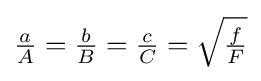
{\tfrac {a}{A}}={\tfrac {b}{B}}={\tfrac {c}{C}}={\sqrt {\tfrac {f}{F}}}